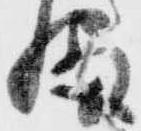
幡